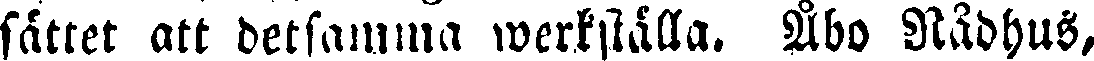
sättet att detsamma werkställa. Åbo Rådhus,